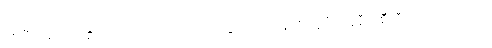
စစ်ပြီးခေတ်မှာ စိုက်ပျိုးရေးကောလိပ်အဆောက်အအုံကို ယူပြီး ယူနီဗာစီတီကောလိပ်ကနေ